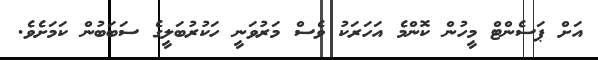
އަށް ޕަސެންޓް މީހުން ކޮންމެ އަހަރަކު ވެސް މަރުވަނީ ހަކުރުބަލީގެ ސަބަބުން ކަމަށެވެ.